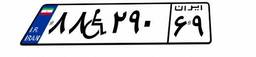
۸۸W۲۹۰۶۹